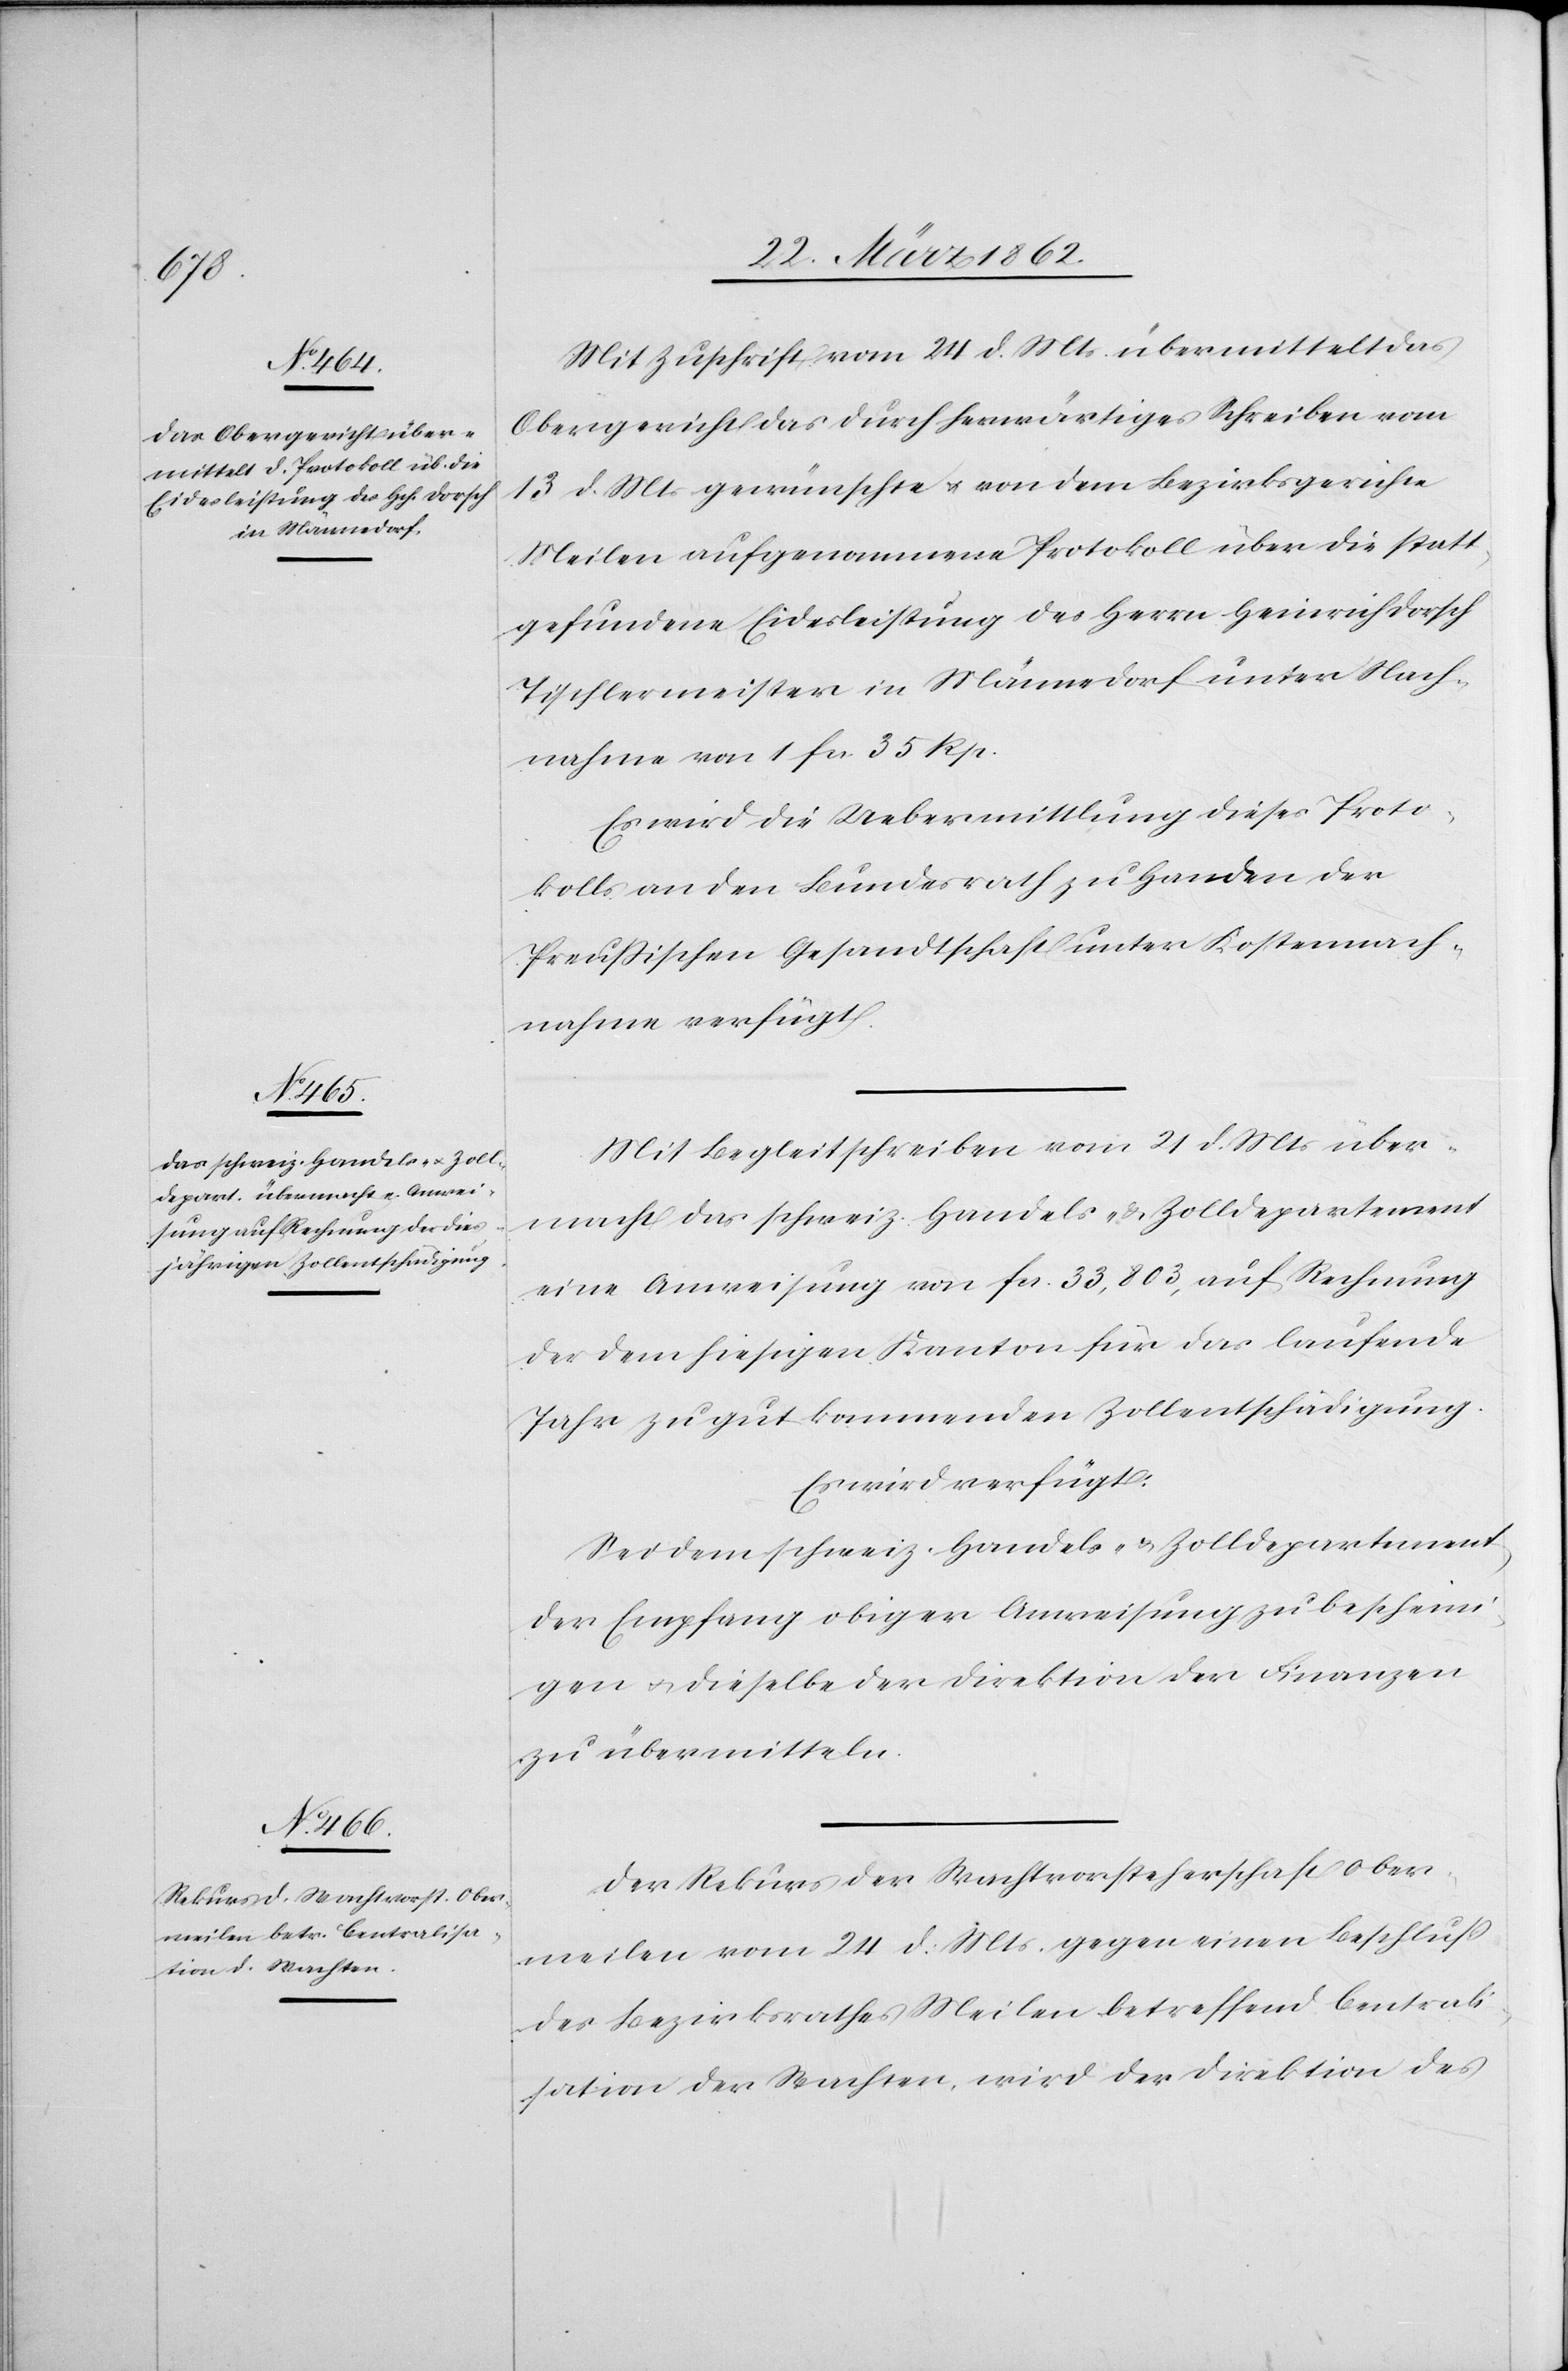
26.

Mit Zuschrift vom 24 d. Mts. übermittelt das
Obergericht das durch herwärtiges Schreiben vom
13 d. Mts. gewünschte u. von dem Bezirksgerichte
Meilen aufgenommene Protokoll über die statt¬
gefundene Eidesleistung des Herrn Heinrich Dorsch
Tischlermeister in Männedorf unter Nach¬
nahme von 1 fcs. 35 Rp.
Es wird die Uebermittlung dieses Proto¬
kolls an den Bundesrath zu Handen der
Preußischen Gesandtschaft unter Kostennach¬
nahme verfügt.
Mit Begleitschreiben vom 21 d. Mts. über¬
macht das schweiz. Handels- & Zolldepartement
eine Anweisung von fcs. 33,803, auf Rechnung
der dem hiesigen Kanton für das laufende
Jahr zu gut kommenden Zollentschädigung.
Es wird verfügt:
Sei dem schweiz. Handels- & Zolldepartement
der Empfang obiger Anweisung zu bescheini¬
gen u. dieselbe der Direktion der Finanzen
zu übermitteln.
Der Rekurs der Wachtvorsteherschaft Ober¬
meilen vom 24 d. Mts. gegen einen Beschluß
des Bezirksrathes Meilen betreffend Centrali¬
sation der Wachten, wird der Direktion des